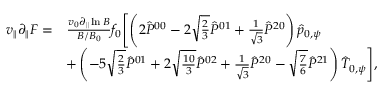
\begin{array} { r l } { v _ { \| } \partial _ { \| } F = } & { \frac { v _ { 0 } \partial _ { \| } \ln B } { B / B _ { 0 } } f _ { 0 } \Biggl [ \left( 2 \hat { P } ^ { 0 0 } - 2 \sqrt { \frac { 2 } { 3 } } \hat { P } ^ { 0 1 } + \frac { 1 } { \sqrt { 3 } } \hat { P } ^ { 2 0 } \right) \hat { p } _ { 0 , \psi } } \\ & { + \left( - 5 \sqrt { \frac { 2 } { 3 } } \hat { P } ^ { 0 1 } + 2 \sqrt { \frac { 1 0 } { 3 } } \hat { P } ^ { 0 2 } + \frac { 1 } { \sqrt { 3 } } \hat { P } ^ { 2 0 } - \sqrt { \frac { 7 } { 6 } } \hat { P } ^ { 2 1 } \right) \hat { T } _ { 0 , \psi } \Biggr ] , } \end{array}